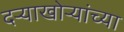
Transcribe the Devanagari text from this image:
दऱ्याखोऱ्यांच्या